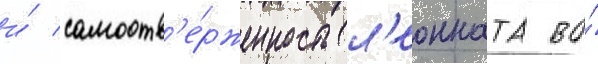
и́ самоотв'е́рженность л'еонната во́